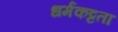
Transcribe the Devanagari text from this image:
धर्मकट्टता